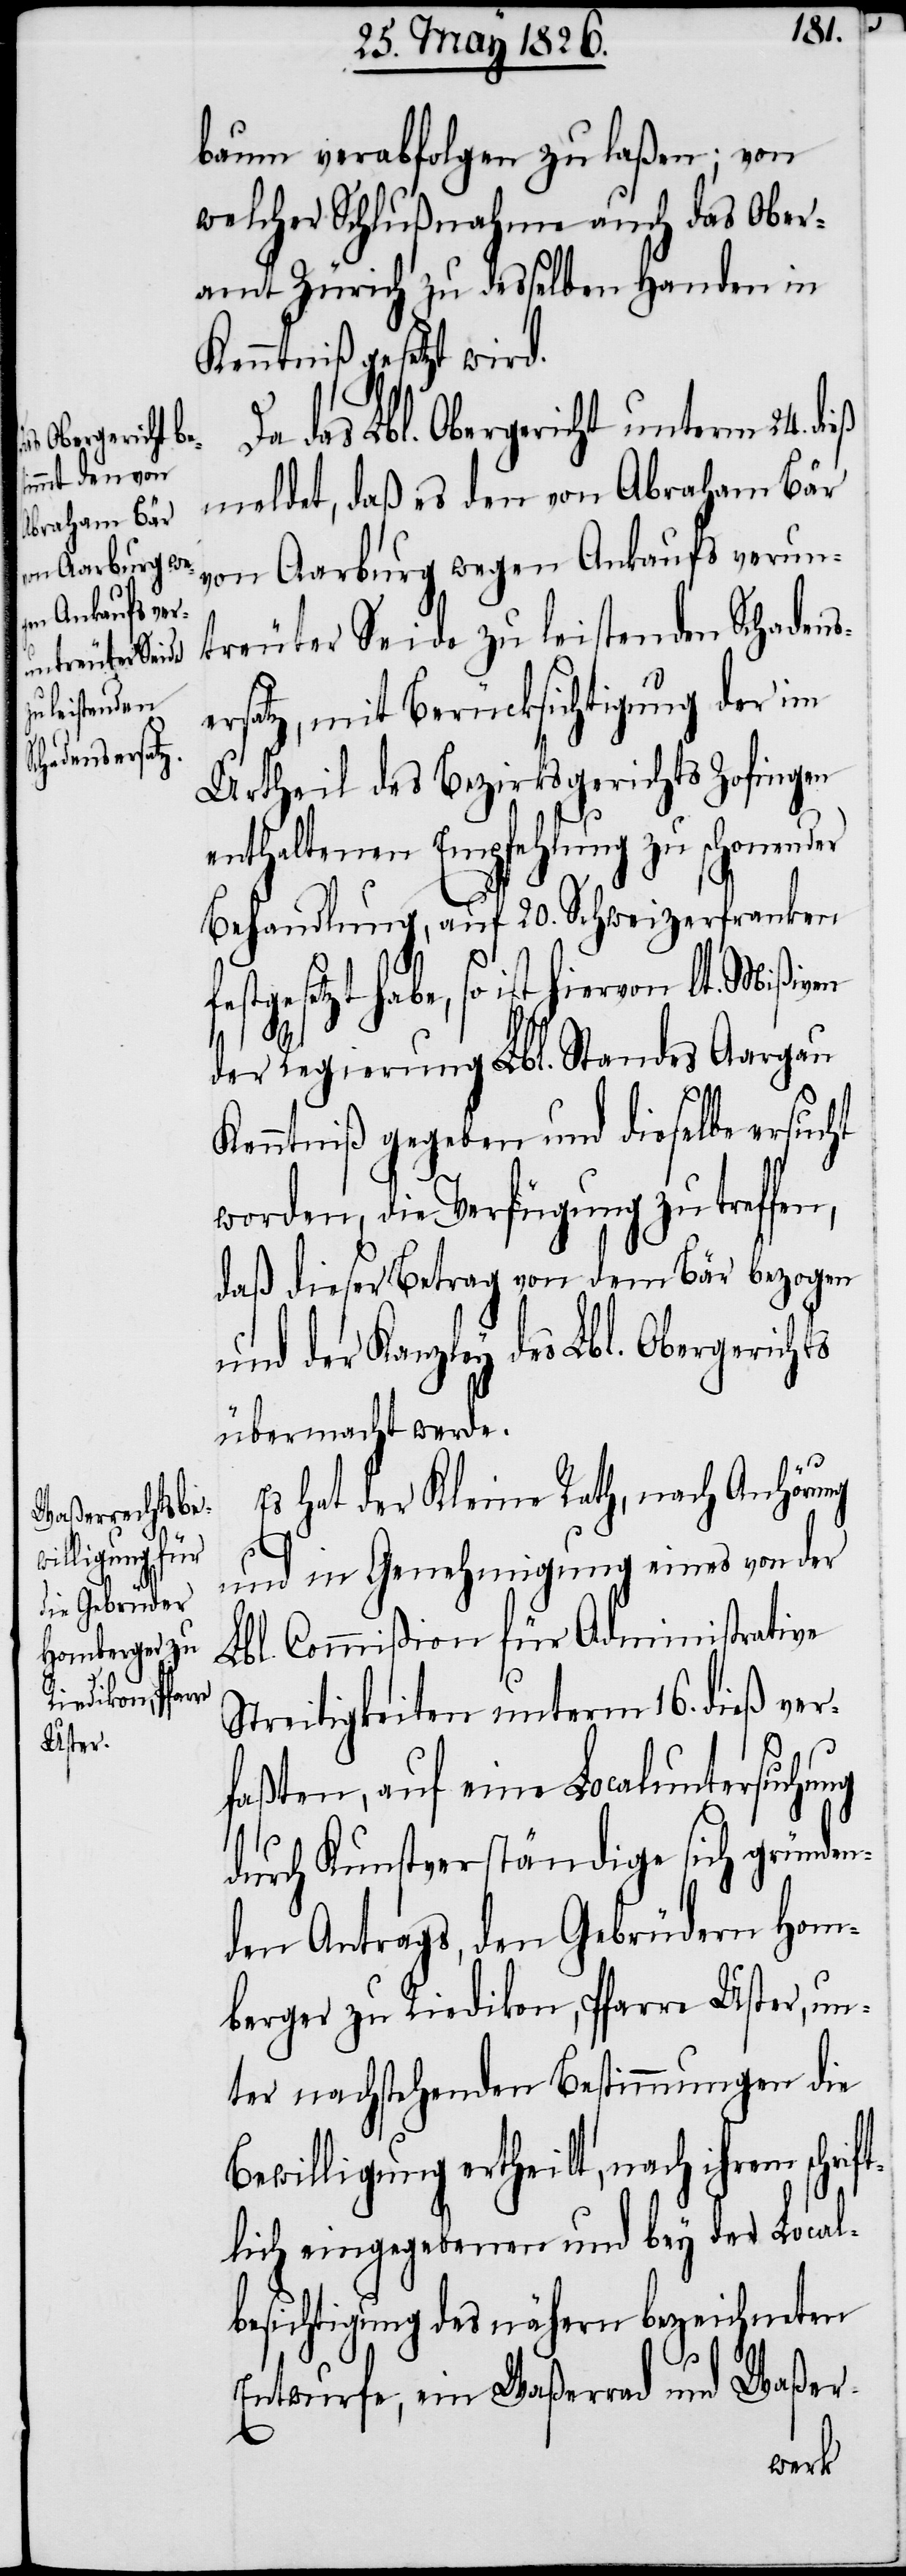
baum verabfolgen zu laßen; von
welcher Schlußnahme auch das Ober¬
amt Zürich zu desselben Handen in
Kenntniß gesetzt wird.
Da das Lbl. Obergericht unterm 24. dieß
meldet, daß es den von Abraham Bär
von Aarburg wegen Ankaufs verun¬
treuter Seide zu leistenden Schadens¬
ersatz, mit Berücksichtigung der im
Urtheil des Bezirksgerichts Zofingen
enthaltenen Empfehlung zu schonender
Behandlung, auf 20. Schweizerfranken
festgesetzt habe, so ist hiervon lt. Mißiven
der Regierung Lbl. Standes Aargau
Kenntniß gegeben und dieselbe ersucht
worden, die Verfügung zu treffen,
daß dieser Betrag von dem Bär bezogen
und der Kanzley des Lbl. Obergerichts
übermacht werde.
Es hat der Kleine Rath, nach Anhörung
und in Genehmigung eines von der
Lbl. Commißion für Administrative
Streitigkeiten unterm 16. dieß ver¬
faßten, auf eine Localuntersuchung
durch Kunstverständige sich gründen¬
den Antrags, den Gebrüdern Hom¬
berger zu Riedikon, Pfarre Uster, un¬
ter nachstehenden Bestimmungen die
Bewilligung ertheilt, nach ihrem schri¬
ftlich eingegebenen und bey der Local¬
besichtigung des nähern bezeichneten
Entwurfe, ein Waßerrad und Waßer-